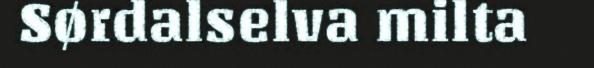
Sørdalselva milta